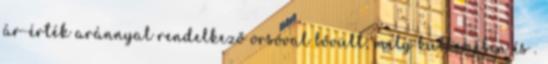
ár-érték aránnyal rendelkező orsóval bővült; mely küllemében és .